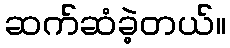
ဆက်ဆံခဲ့တယ်။